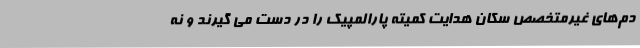
دم‌های غیرمتخصص سکان هدایت کمیته پارالمپیک را در دست می گیرند و نه